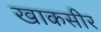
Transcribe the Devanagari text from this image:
खाकसीर